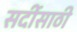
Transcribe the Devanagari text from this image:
सर्दीसाठी